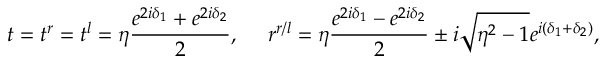
t = t ^ { r } = t ^ { l } = \eta \frac { e ^ { 2 i \delta _ { 1 } } + e ^ { 2 i \delta _ { 2 } } } { 2 } , \ \ \ \ r ^ { r / l } = \eta \frac { e ^ { 2 i \delta _ { 1 } } - e ^ { 2 i \delta _ { 2 } } } { 2 } \pm i \sqrt { \eta ^ { 2 } - 1 } e ^ { i ( \delta _ { 1 } + \delta _ { 2 } ) } ,